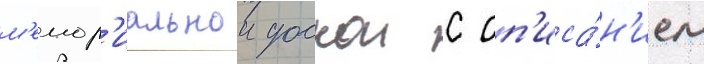
м'емор'иальнои доскои с оп'иса́н'ием